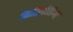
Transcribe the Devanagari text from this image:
फिसिपीडिया